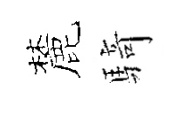
麓騎